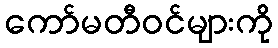
ကော်မတီဝင်များကို